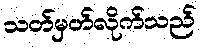
သတ်မှတ်လိုက်သည်